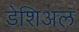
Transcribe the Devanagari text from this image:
डेशिअल